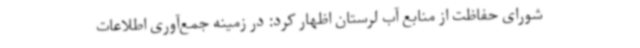
شورای حفاظت از منابع آب لرستان اظهار کرد: در زمینه جمع‌آوری اطلاعات